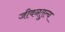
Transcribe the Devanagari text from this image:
जीवनतुल्य